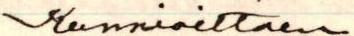
Kunnioittaen